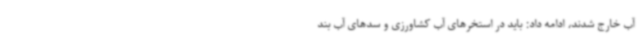
آب خارج شدند، ادامه داد: باید در استخرهای آب کشاورزی و سدهای آب بند